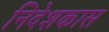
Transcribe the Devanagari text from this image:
निदेशकास